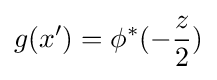
g(x')=\phi ^{*}(-{\frac {z}{2}})